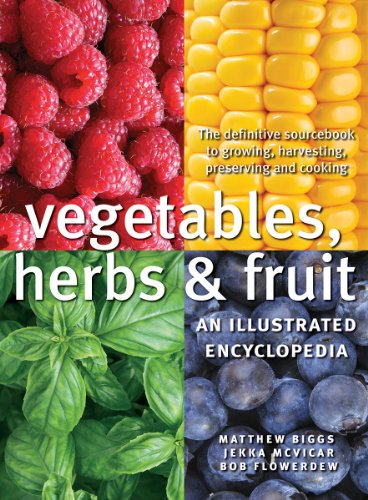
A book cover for Vegetables, Herbs and Fruit: An Illustrated Encyclopedia; Matthew Biggs; Crafts, Hobbies & Home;